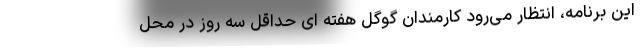
این برنامه، انتظار می‌رود کارمندان گوگل هفته ای حداقل سه روز در محل